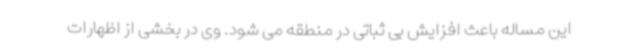
این مساله باعث افزایش بی ثباتی در منطقه می شود. وی در بخشی از اظهارات